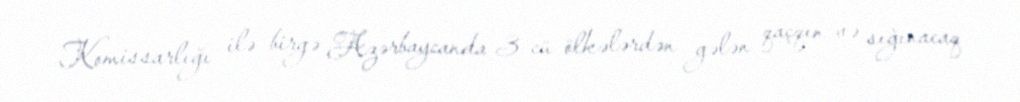
Komissarlığı ilə birgə Azərbaycanda 3-cü ölkələrdən gələn qaçqın və sığınacaq